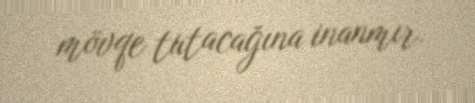
mövqe tutacağına inanmır.